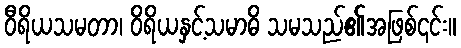
ဝီရိယသမတာ၊ ဝိရိယနှင့်သမာဓိ သမသည်၏အဖြစ်၎င်း။